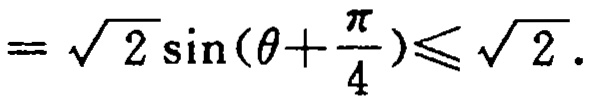
$=\sqrt{2} \sin \left(\theta+\frac{\pi}{4}\right) \leqslant \sqrt{2}.$